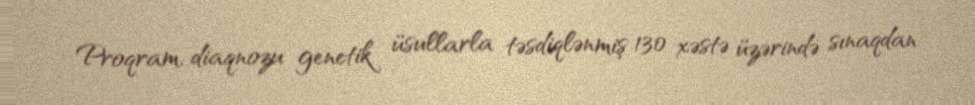
Proqram, diaqnozu genetik üsullarla təsdiqlənmiş 130 xəstə üzərində sınaqdan